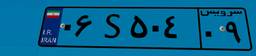
۹۶S۷۲۸۶۷